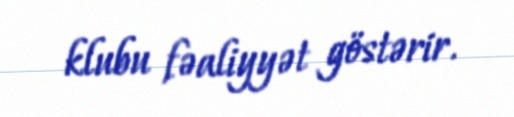
klubu fəaliyyət göstərir.